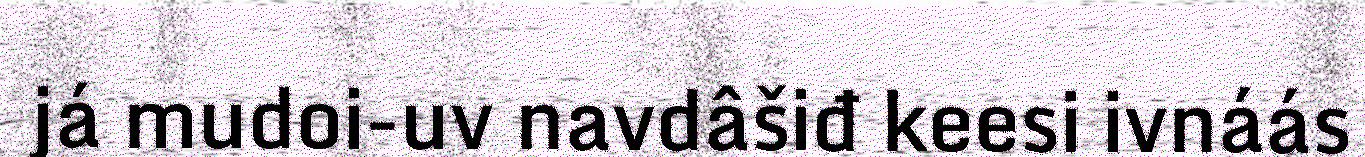
já mudoi-uv navdâšiđ keesi ivnáás